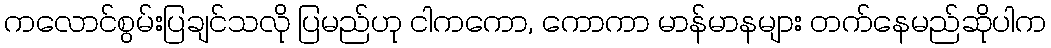
ကလောင်စွမ်းပြချင်သလို ပြမည်ဟု ငါကကော, ကောကာ မာန်မာနများ တက်နေမည်ဆိုပါက